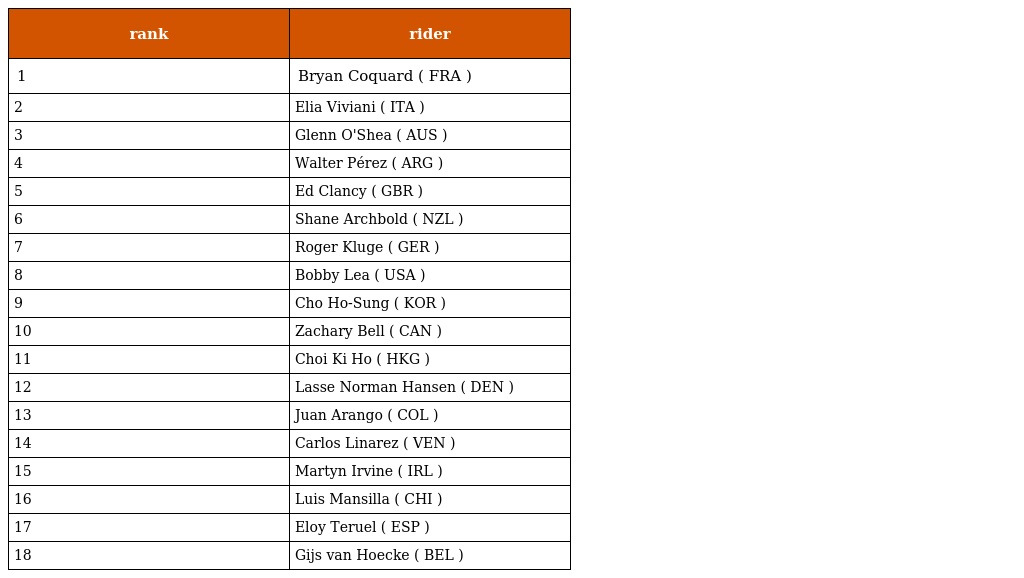
| rank | rider |
 | --- | --- |
 | 1 | Bryan Coquard ( FRA ) |
 | 2 | Elia Viviani ( ITA ) |
 | 3 | Glenn O'Shea ( AUS ) |
 | 4 | Walter Pérez ( ARG ) |
 | 5 | Ed Clancy ( GBR ) |
 | 6 | Shane Archbold ( NZL ) |
 | 7 | Roger Kluge ( GER ) |
 | 8 | Bobby Lea ( USA ) |
 | 9 | Cho Ho-Sung ( KOR ) |
 | 10 | Zachary Bell ( CAN ) |
 | 11 | Choi Ki Ho ( HKG ) |
 | 12 | Lasse Norman Hansen ( DEN ) |
 | 13 | Juan Arango ( COL ) |
 | 14 | Carlos Linarez ( VEN ) |
 | 15 | Martyn Irvine ( IRL ) |
 | 16 | Luis Mansilla ( CHI ) |
 | 17 | Eloy Teruel ( ESP ) |
 | 18 | Gijs van Hoecke ( BEL ) |